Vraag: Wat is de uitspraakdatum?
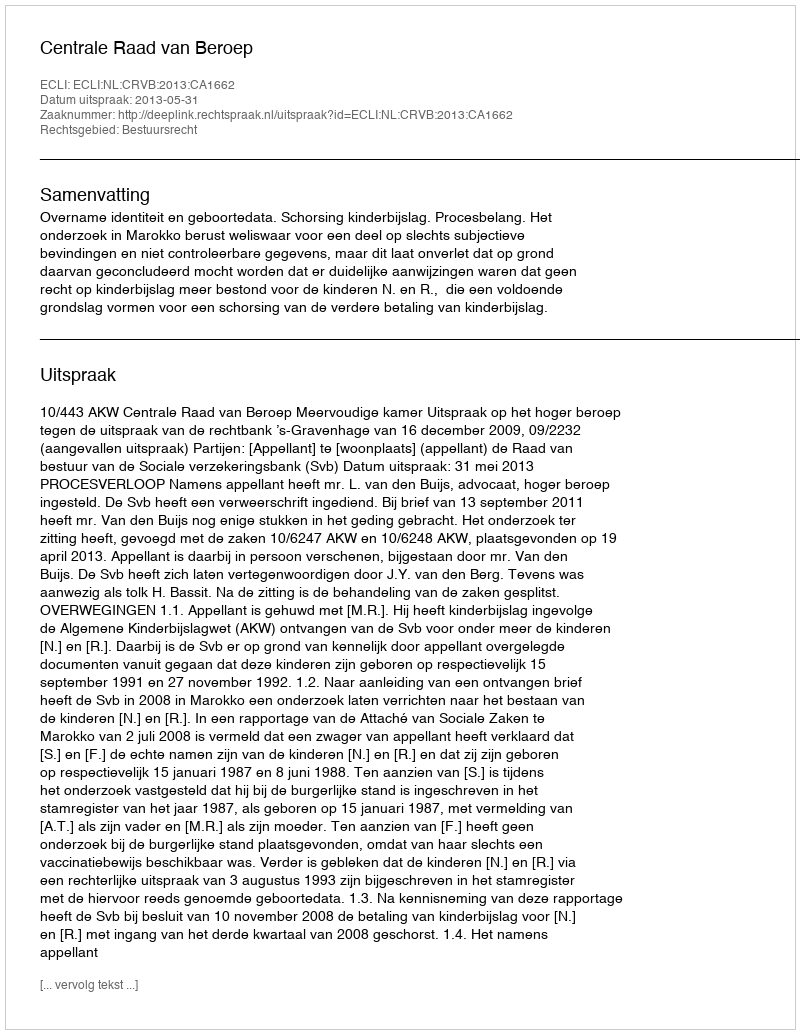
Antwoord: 2013-05-31